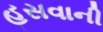
હસવાની